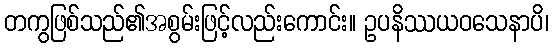
တကွဖြစ်သည်၏အစွမ်းဖြင့်လည်းကောင်း။ ဥပနိဿယဝသေနာပိ၊